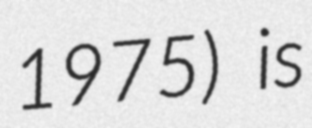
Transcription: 1975) is